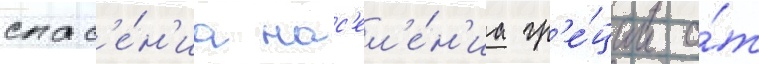
спас'е́н'иа нас'ел'е́н'иа гр'е́ции о́т